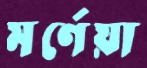
মর্ণেয়া